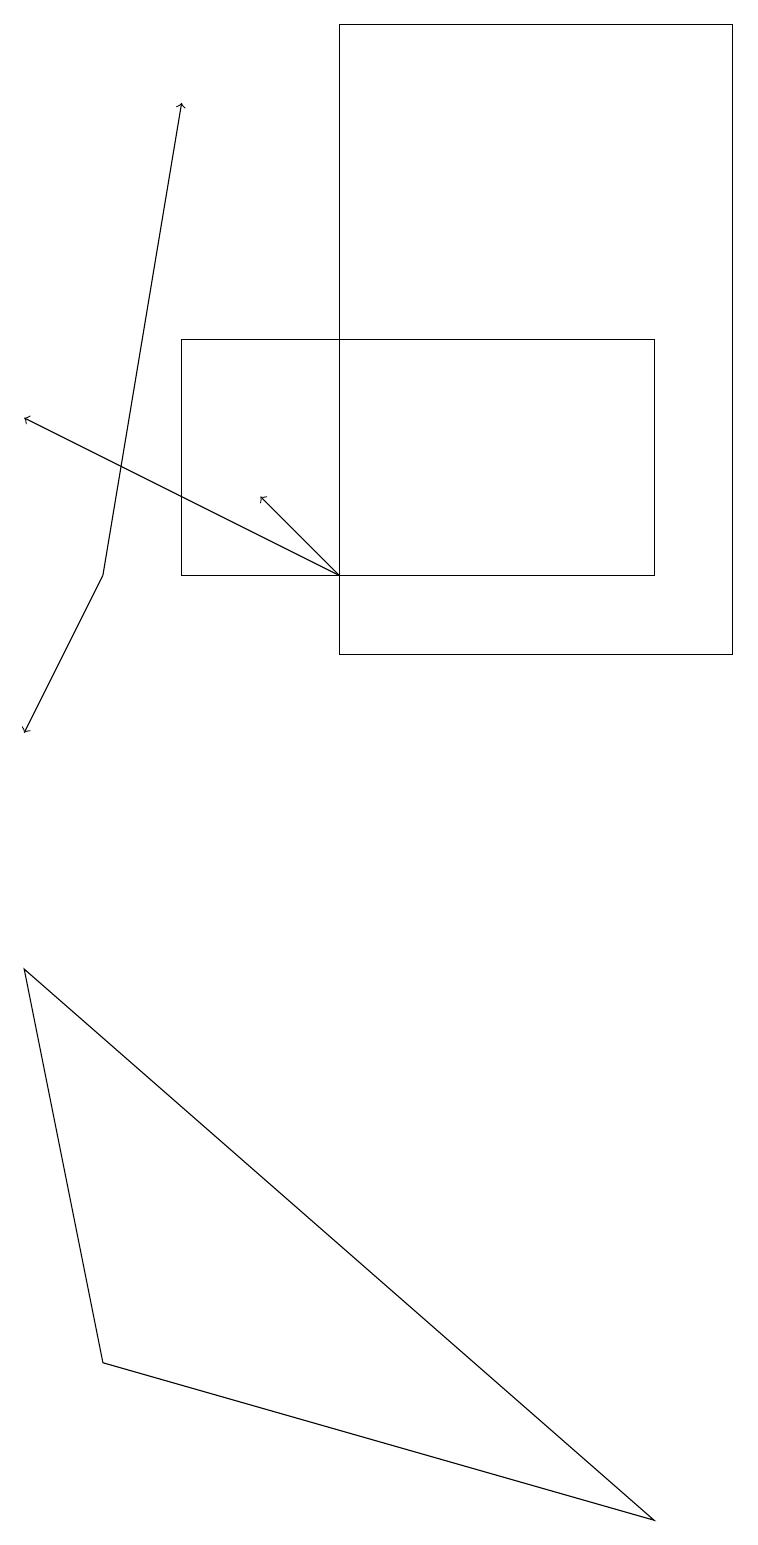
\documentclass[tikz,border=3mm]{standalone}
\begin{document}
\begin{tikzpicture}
\draw (1,2) -- (8,0) -- (0,7) -- cycle;
\draw (9,19) rectangle (4,11);
\draw[->] (4,12) -- (3,13);
\draw[->] (4,12) -- (0,14);
\draw (2,15) rectangle (8,12);
\draw[->] (1,12) -- (2,18);
\draw[->] (1,12) -- (0,10);
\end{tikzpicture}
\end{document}